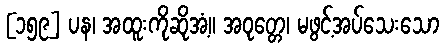
[၁၅၉] ပန၊ အထူးကိုဆိုအံ့။ အဝုတ္တေ၊ မဖွင့်အပ်သေးသော